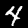
Digit: 4